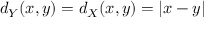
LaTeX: d _ { Y } ( x , y ) = d _ { X } ( x , y ) = | x - y |